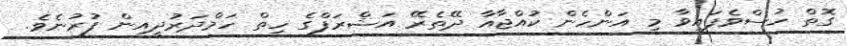
ގޮތް ހުސްވެފައިވާ މި އަންހެން ކުއްޖާއާ ދޭތެރޭ އަޝްރަފްގެ ހިތް ހަމްދަރުދީއިން ފުރުނެވެ.